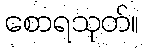
စောရသုတ်။